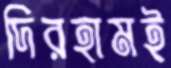
দিরহামই